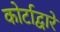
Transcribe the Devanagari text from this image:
कोर्टाद्वारे